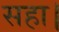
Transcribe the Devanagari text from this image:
सहा।